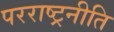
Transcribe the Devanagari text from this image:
परराष्ट्रनीति